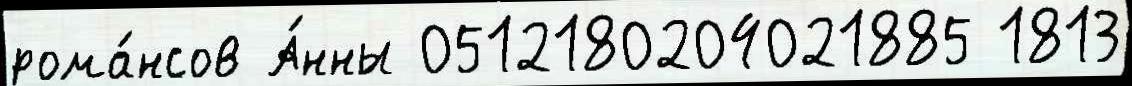
рома́нсов А́нны 0512180204021885 1813